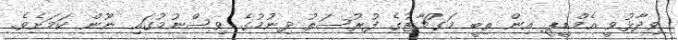
ވިދާޅުވީ އެމްޑީޕީ އިން ތިބީ މަގުޗާޓުގެ ފުރުސަތު ދިނުމުގެ ވިސްނުމުގައި ނޫން ކަމަށެވެ.